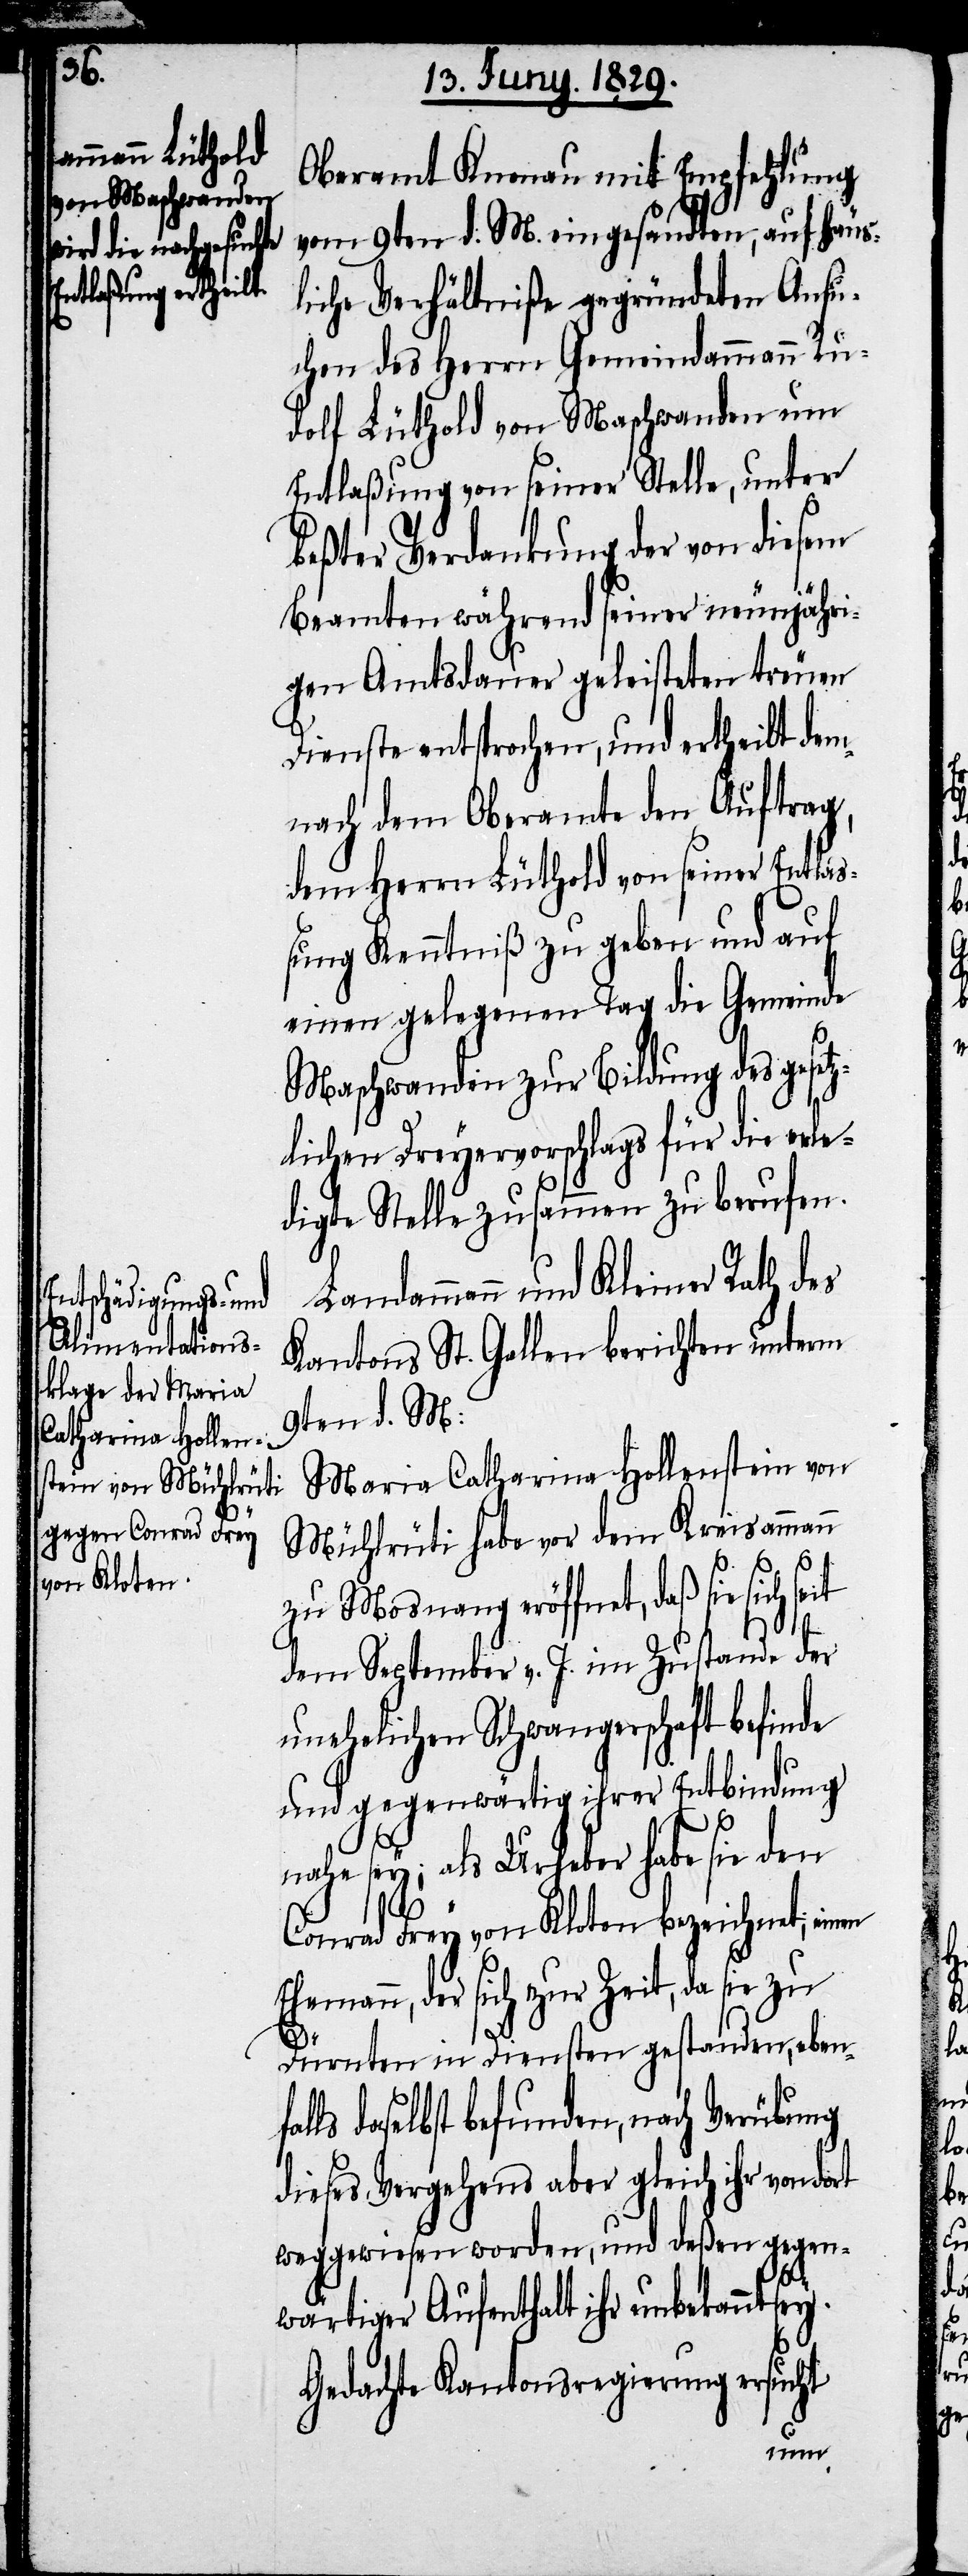
fal¬

Oberamt Knonau mit Empfehlung
vom 9ten d. M. eingesandten, auf häus¬
liche Verhältniße gegründeten Ansu¬
chen des Herrn Gemeindammann Ru¬
dolf Lüthold von Maschwanden um
Entlaßung von seiner Stelle, unter
beßter Verdankung der von diesem
Beamten während seiner neunjähri¬
gen Amtsdauer geleisteten treuen
Dienste entsprochen, und ertheilt dem¬
nach dem Oberamte den Auftrag,
dem Herrn Lütholf von seiner Entla¬
ßung Kenntniß zu geben und auf
einen gelegenen Tag die Gemeinde
Maschwanden zur Bildung des gesetz¬
lichen Dreyervorschlags für die erle¬
digte Stelle zusammen zu berufen.
Landammann und Kleiner Rath des
Kantons St. Gallen berichten unterm
9ten d. M:
Maria Catharina Hollenstein von
Mühlrüti habe vor dem Kreisammann
Eh¬
zu Mosnang eröffnet, daß sie sich
dem September v. J. im Zustande der
unehelichen Schwangerschaft befinde
und gegenwärtig ihrer Entbindung
sey; als Urheber habe sie den
Conrad Frey von Kloten bezeichnet, einen
emann, der sich zur Zeit, da sie zu
Dürnten in Diensten gestanden, eben¬
ls daselbst befunden, nach Verübung
dieses Vergehens aber gleich ihr von
weggewiesen worden, und deßen gegen¬
wärtiger Aufenthalt ihr unbekannt sey.
Gedachte Kantonsregierung ersucht